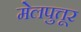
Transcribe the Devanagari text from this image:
मेलपुत्तूर